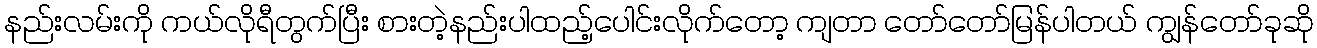
နည်းလမ်းကို ကယ်လိုရီတွက်ပြီး စားတဲ့နည်းပါထည့်ပေါင်းလိုက်တော့ ကျတာ တော်တော်မြန်ပါတယ် ကျွန်တော်ခုဆို